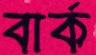
বার্ক